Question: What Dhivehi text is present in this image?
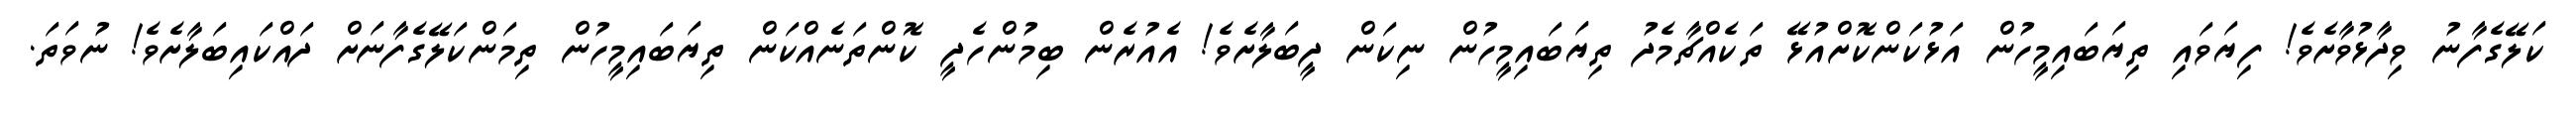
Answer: ކަލޭގެފާނު ވިދާޅުވާށެވެ! ފިޔަވައި ތިޔަބައިމީހުން އަޅުކަންކޮށްއުޅޭ ތަކެއްޗާމެދު ތިޔަބައިމީހުން ނިކަން ދީބަލާށެވެ! އެއުރެން ބިމުންހެދީ ކޮންތަނެއްކަން ތިޔަބައިމީހުން ތިމަންކަލޭގެފާނަށް ދައްކައިބަލާށެވެ! ނުވަތަ.